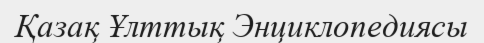
Қазақ Ұлттық Энциклопедиясы